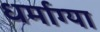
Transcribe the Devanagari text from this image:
धर्माग्या